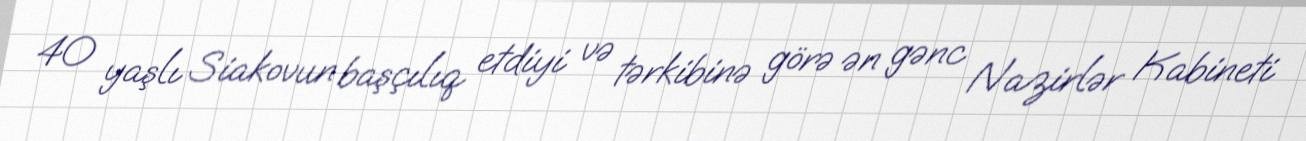
40 yaşlı Siakovun başçılıq etdiyi və tərkibinə görə ən gənc Nazirlər Kabineti